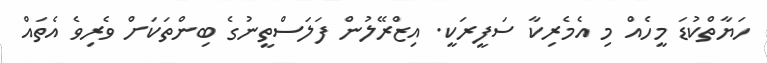
ހަޔާތްކުޑަ މީހެއް މި އެމެރިކާ ސަފީރަކީ. އިޒްރޭލުން ފަލަސްތީނުގެ ބިންތަކަށް ވެރިވެ އެތައް